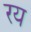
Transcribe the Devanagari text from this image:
रय